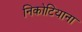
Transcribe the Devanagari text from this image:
निकोटियाना